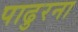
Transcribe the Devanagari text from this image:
पाढुरना